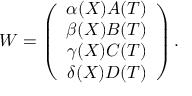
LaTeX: W = \left( \begin{array} { c } { { \alpha ( X ) A ( T ) } } \\ { { \beta ( X ) B ( T ) } } \\ { { \gamma ( X ) C ( T ) } } \\ { { \delta ( X ) D ( T ) } } \end{array} \right) .